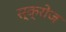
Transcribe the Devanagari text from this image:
स्क्रोज